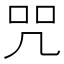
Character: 咒